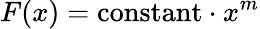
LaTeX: F(x)=\mathrm{constant}\cdot x^{m}